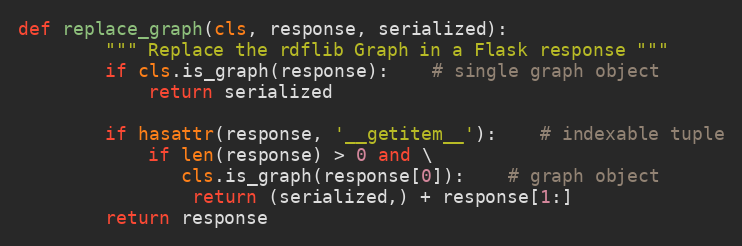
Language: Python
def replace_graph(cls, response, serialized):
		""" Replace the rdflib Graph in a Flask response """
		if cls.is_graph(response):	# single graph object
			return serialized

		if hasattr(response, '__getitem__'):	# indexable tuple
			if len(response) > 0 and \
			   cls.is_graph(response[0]):	# graph object
				return (serialized,) + response[1:]
		return response